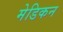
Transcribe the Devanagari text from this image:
मेडिकन